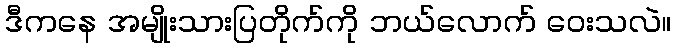
ဒီကနေ အမျိုးသားပြတိုက်ကို ဘယ်လောက် ဝေးသလဲ။